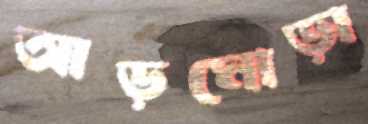
আড়মোড়া